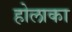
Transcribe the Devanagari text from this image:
होलाका